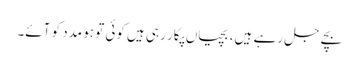
بچے جل رہے ہیں، بچیاں پکار رہی ہیں کوئی تو ہو مدد کو آئے۔